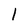
Character: I